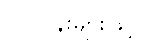
လုပ်ငန်းများဖြင့်